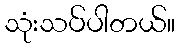
သုံးသပ်ပါတယ်။